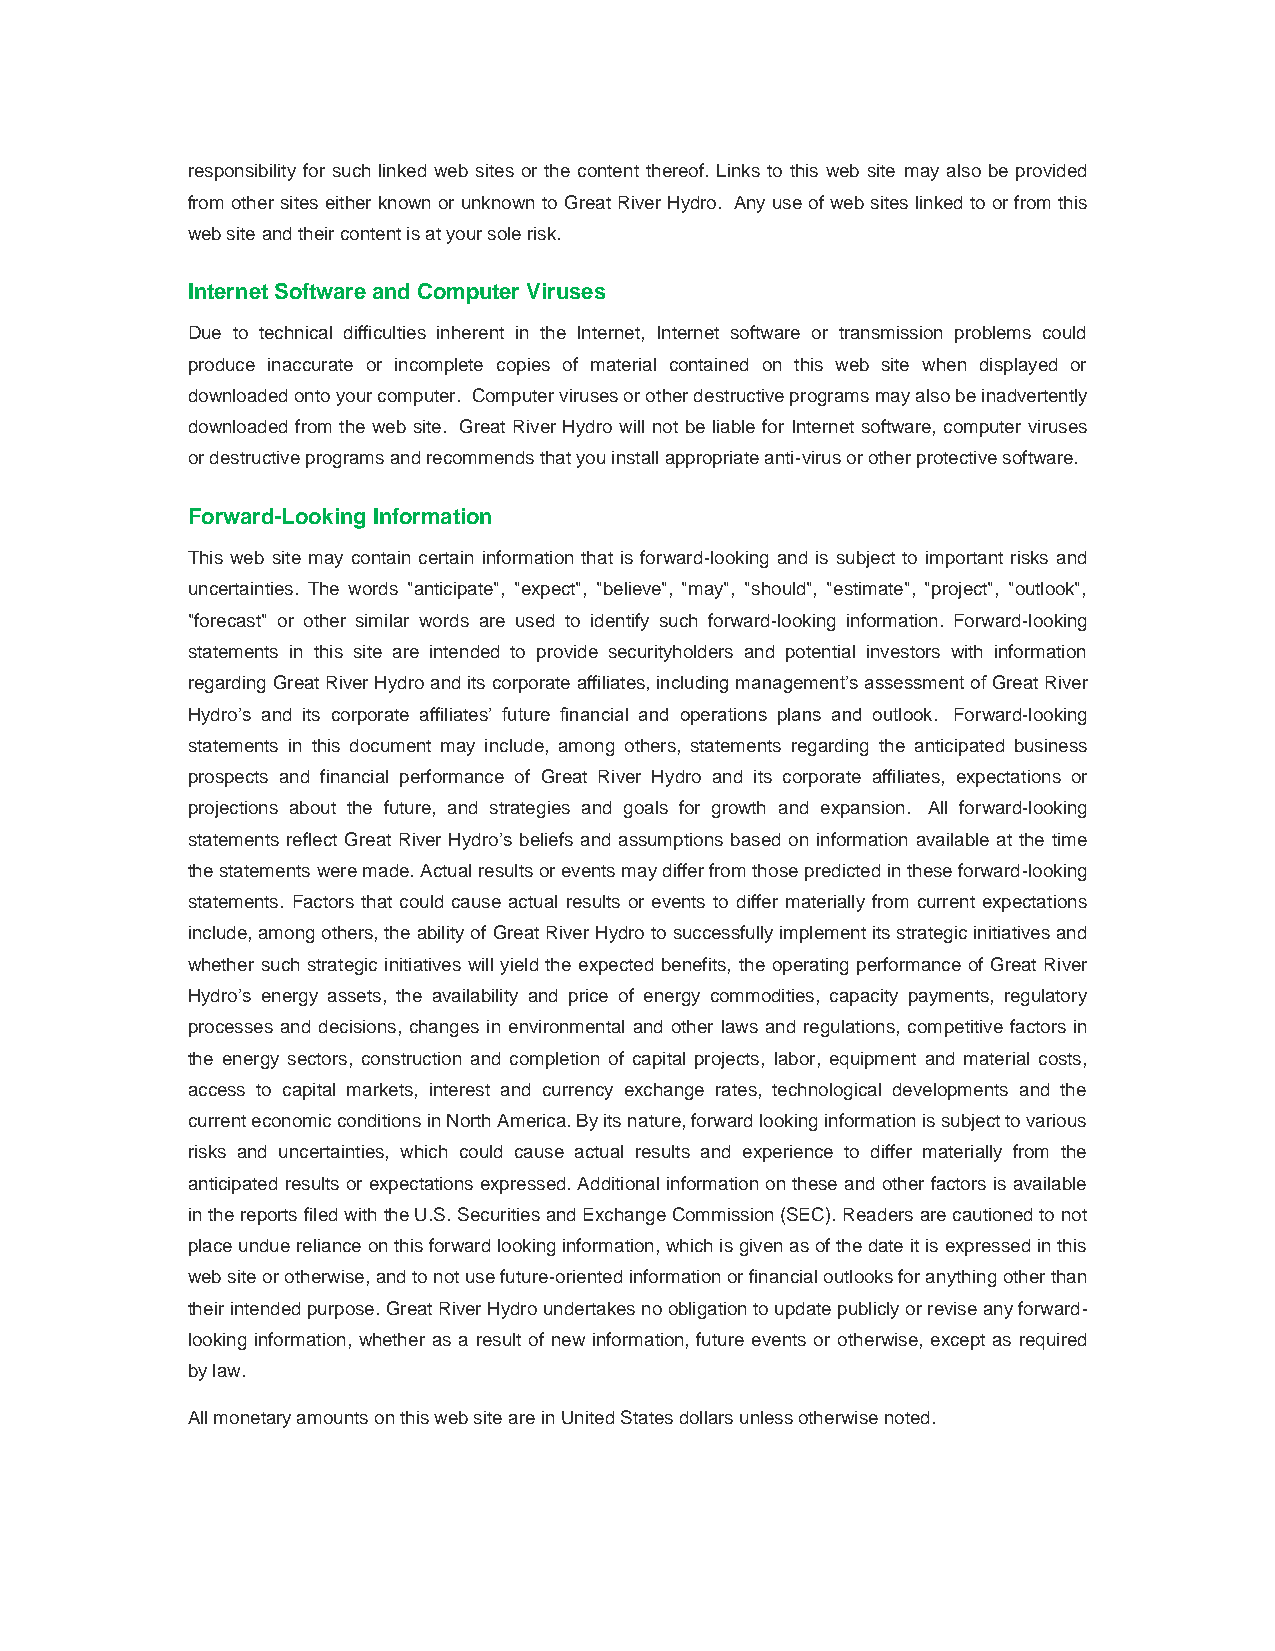
responsibility for such linked web sites or the content thereof. Links to this web site may also be provided
 from other sites either known or unknown to Great River Hydro. Any use of web sites linked to or from this
 web site and their content is at your sole risk.
 Internet Software and Computer Viruses
 Due to technical difficulties inherent in the Internet, Internet software or transmission problems could
 produce inaccurate or incomplete copies of material contained on this web site when displayed or
 downloaded onto your computer. Computer viruses or other destructive programs may also be inadvertently
 downloaded from the web site. Great River Hydro will not be liable for Internet software, computer viruses
 or destructive programs and recommends that you install appropriate anti-virus or other protective software.
 Forward-Looking Information
 This web site may contain certain information that is forward-looking and is subject to important risks and
 uncertainties. The words "anticipate", "expect", "believe", "may", "should", "estimate", "project", "outlook",
 "forecast" or other similar words are used to identify such forward-looking information. Forward-looking
 statements in this site are intended to provide securityholders and potential investors with information
 regarding Great River Hydro and its corporate affiliates, including management’s assessment of Great River
 Hydro’s and its corporate affiliates’ future financial and operations plans and outlook. Forward-looking
 statements in this document may include, among others, statements regarding the anticipated business
 prospects and financial performance of Great River Hydro and its corporate affiliates, expectations or
 projections about the future, and strategies and goals for growth and expansion. All forward-looking
 statements reflect Great River Hydro’s beliefs and assumptions based on information available at the time
 the statements were made. Actual results or events may differ from those predicted in these forward-looking
 statements. Factors that could cause actual results or events to differ materially from current expectations
 include, among others, the ability of Great River Hydro to successfully implement its strategic initiatives and
 whether such strategic initiatives will yield the expected benefits, the operating performance of Great River
 Hydro’s energy assets, the availability and price of energy commodities, capacity payments, regulatory
 processes and decisions, changes in environmental and other laws and regulations, competitive factors in
 the energy sectors, construction and completion of capital projects, labor, equipment and material costs,
 access to capital markets, interest and currency exchange rates, technological developments and the
 current economic conditions in North America. By its nature, forward looking information is subject to various
 risks and uncertainties, which could cause actual results and experience to differ materially from the
 anticipated results or expectations expressed. Additional information on these and other factors is available
 in the reports filed with the U.S. Securities and Exchange Commission (SEC). Readers are cautioned to not
 place undue reliance on this forward looking information, which is given as of the date it is expressed in this
 web site or otherwise, and to not use future-oriented information or financial outlooks for anything other than
 their intended purpose. Great River Hydro undertakes no obligation to update publicly or revise any forward-
 looking information, whether as a result of new information, future events or otherwise, except as required
 by law.
 All monetary amounts on this web site are in United States dollars unless otherwise noted.